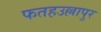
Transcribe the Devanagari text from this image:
फतहउल्लापुर